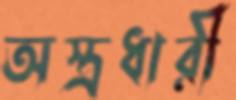
অস্ত্রধারী